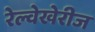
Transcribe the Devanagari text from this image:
रेल्वेखेरीज